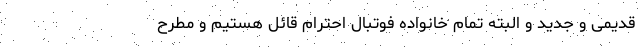
قدیمی و جدید و البته تمام خانواده فوتبال احترام قائل هستیم و مطرح